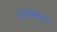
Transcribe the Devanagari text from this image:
३२४७२२